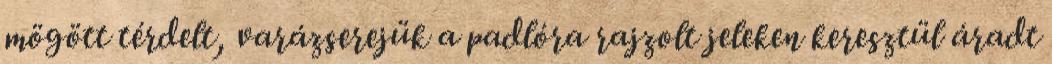
mögött térdelt, varázserejük a padlóra rajzolt jeleken keresztül áradt